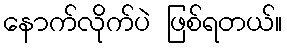
နောက်လိုက်ပဲ ဖြစ်ရတယ်။